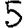
Digit: 5